Annual report of the Imperial Bacteriological Laboratory, Muktesar
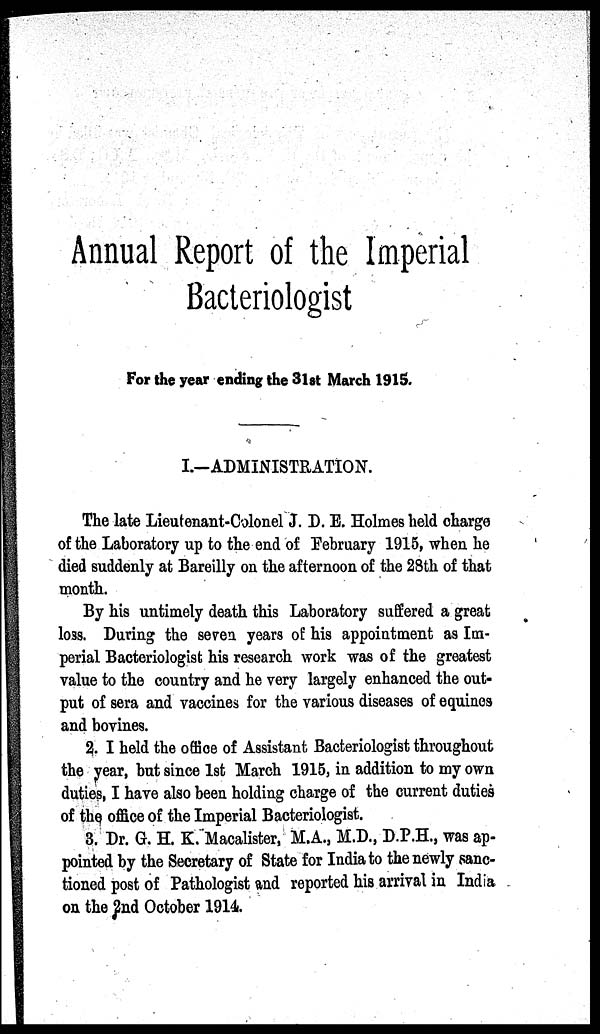
Annual Report of the Imperial
Bacteriologist
For the year ending the 31st March 1915.
I.-ADMINISTRATION.
The late Lieutenant-Colonel J. D. E. Holmes held charge
of the Laboratory up to the end of February 1915, when he
died suddenly at Bareilly on the afternoon of the 28th of that
month.
By his untimely death this Laboratory suffered a great
loss. During the seven years of his appointment as Im-
perial Bacteriologist his research work was of the greatest
value to the country and he very largely enhanced the out-
put of sera and vaccines for the various diseases of equines
and bovines.
2. I held the office of Assistant Bacteriologist throughout
the year, but since 1st March 1915, in addition to my own
duties, I have also been holding charge of the current duties
of the office of the Imperial Bacteriologist.
3. Dr. G. H. K. Macalister, M.A., M.D., D.P.H., was ap-
pointed by the Secretary of State for India to the newly sanc-
tioned post of Pathologist and reported his arrival in India
on the 2nd October 1914.